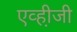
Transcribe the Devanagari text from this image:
एव्ही़जी